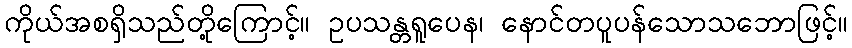
ကိုယ်အစရှိသည်တို့ကြောင့်။ ဥပသန္တရူပေန၊ နောင်တပူပန်သောသဘောဖြင့်။